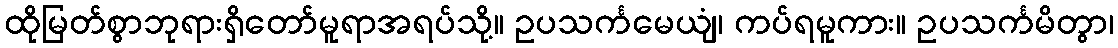
ထိုမြတ်စွာဘုရားရှိတော်မူရာအရပ်သို့။ ဥပသင်္ကမေယျံ၊ ကပ်ရမူကား။ ဥပသင်္ကမိတွာ၊